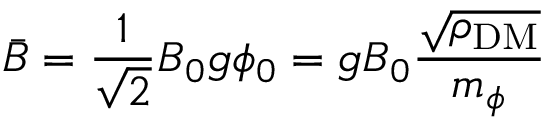
\bar { B } = \frac 1 { \sqrt 2 } B _ { 0 } g \phi _ { 0 } = g B _ { 0 } \frac { \sqrt { \rho _ { \mathrm { D M } } } } { m _ { \phi } }